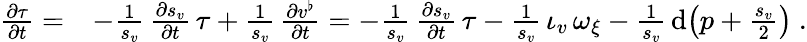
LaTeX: \begin{array}{rl}{\frac{\partial\tau}{\partial t}=}&{-\frac{1}{s_{v}}\, \frac{\partial s_{v}}{\partial t}\, \tau+\frac{1}{s_{v}}\, \frac{\partial v^{\flat}}{\partial t}=-\frac{1}{s_{v}}\, \frac{\partial s_{v}}{\partial t}\, \tau-\frac{1}{s_{v}}\, \iota_{v}\, \omega_{\xi}-\frac{1}{s_{v}}\, \mathrm{d}\big(p+\frac{s_{v}}{2}\big)\ .}\end{array}